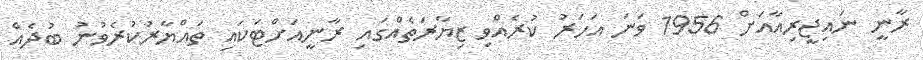
ރާނީ ނައިޖީރިއާއަށް 1956 ވަނަ އަހަރު ކުރެއްވި ޒިޔާރަތެއްގައި ރާނީއަށްޓަކައި ތައްޔާރުކުރެވުނު ބުދެއް